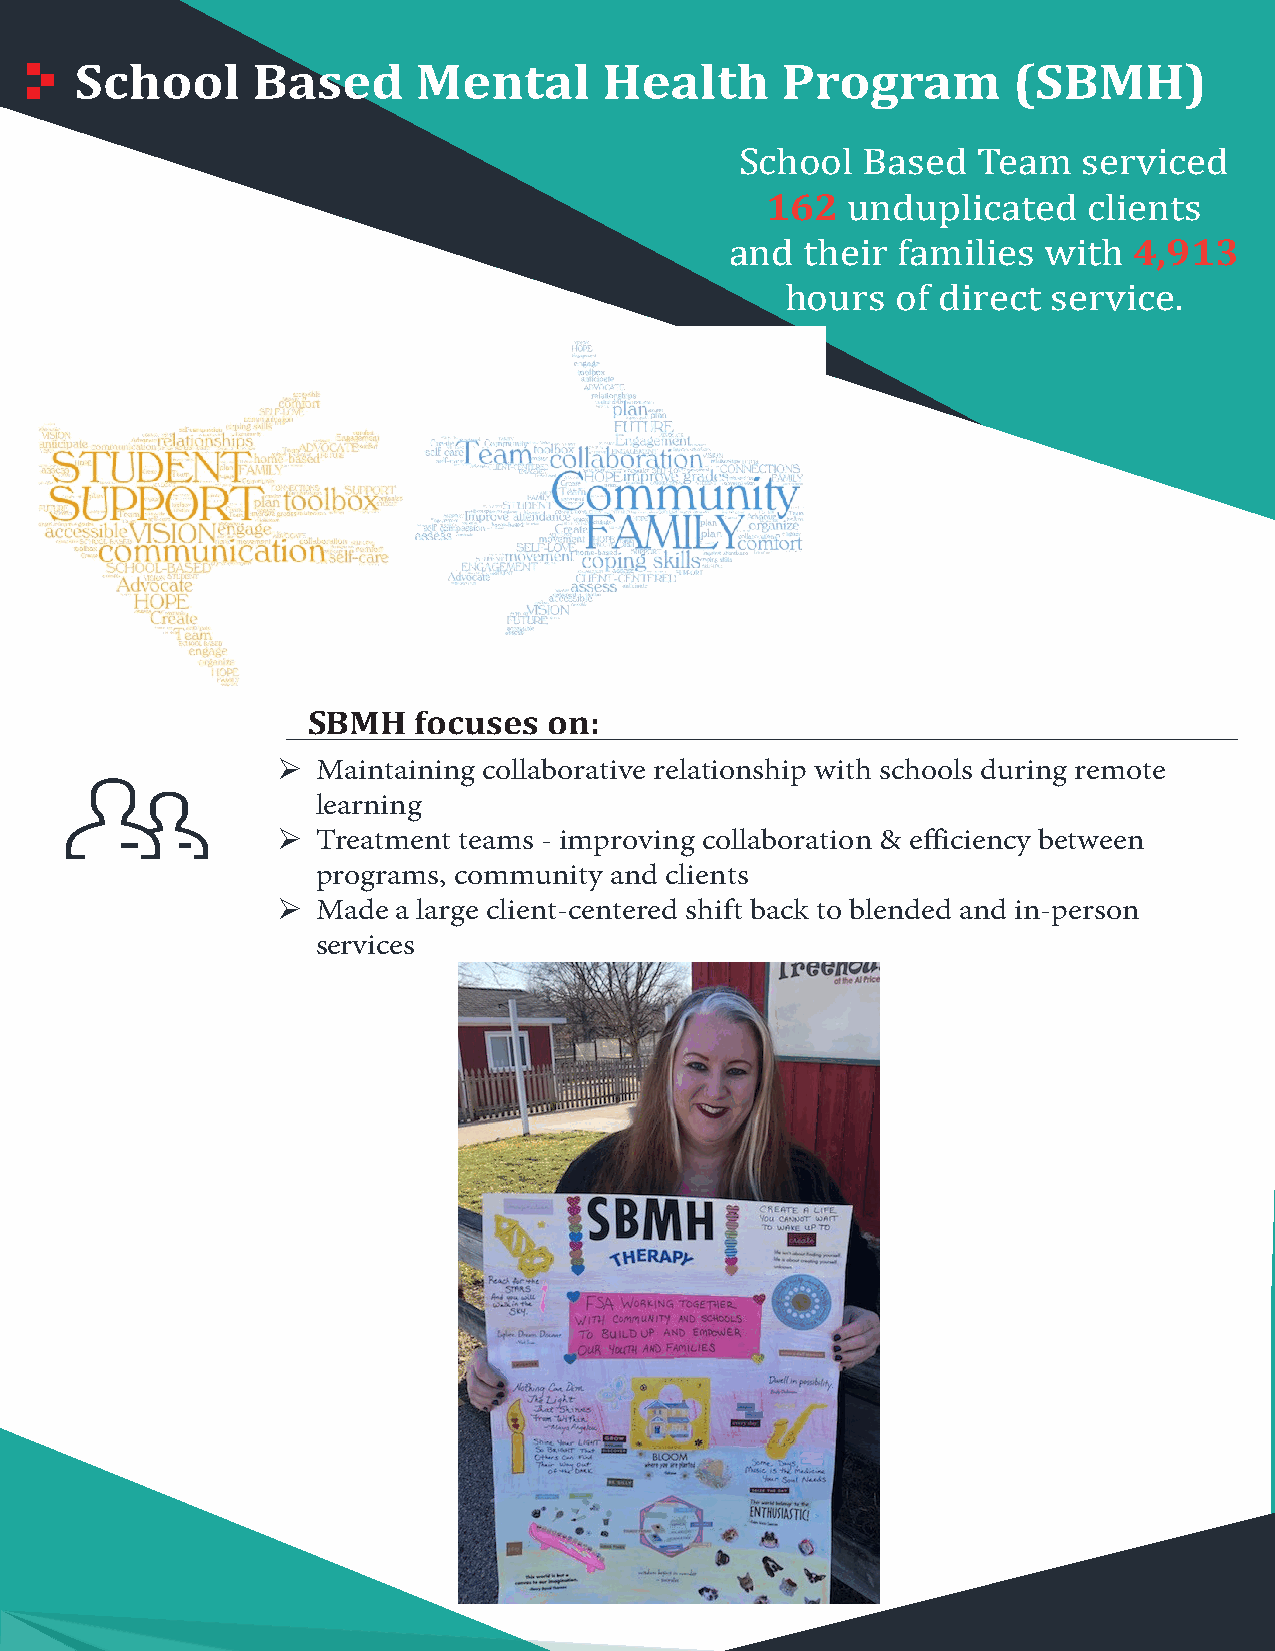
School      Based      Mental      Health      Program        (SBMH)
 162
 School  Based   Team   serviced
 4,913
 unduplicated    clients
 and  their families  with
 hours  of direct  service.
 SBMH   focuses  on:
   Maintaining collaborative relationship with schools during remote
 learning
   Treatment teams - improving collaboration & efficiency between
 programs, community and clients
   Made a large client-centered shift back to blended and in-person
 services